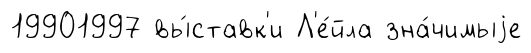
19901997 вы́ставк'и Л'е́йла зна́чимыjе